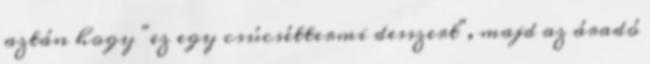
aztán hogy "ez egy csúcséttermi desszert", majd az áradó